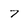
Character: 7